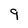
Character: 9